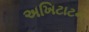
અખિટાટન